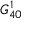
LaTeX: G _ { 4 0 } ^ { 1 }